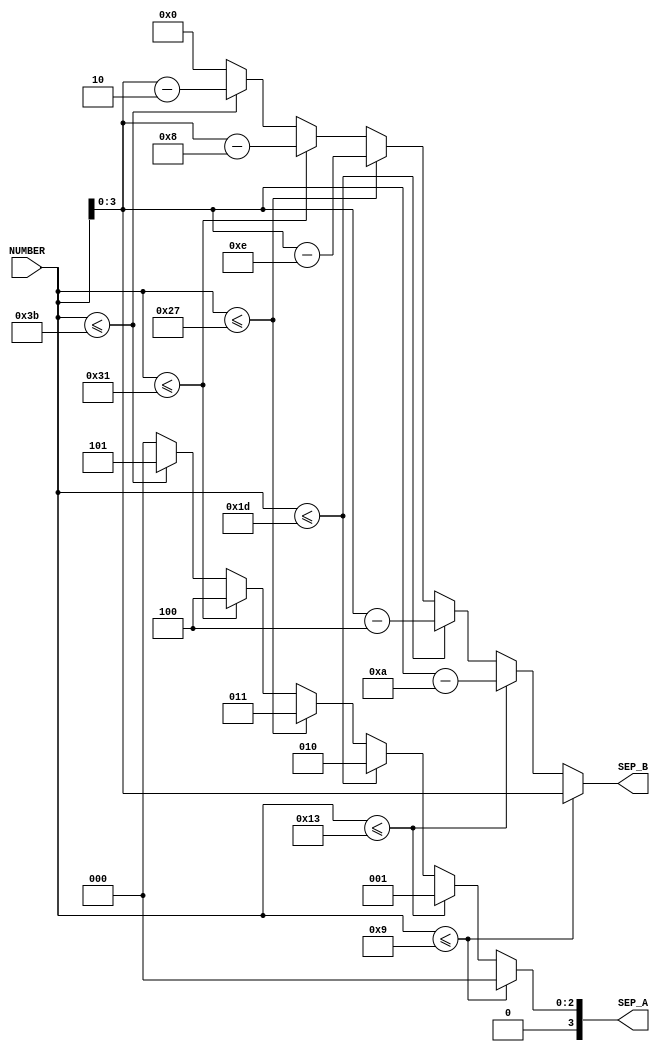
module CH3_WT_SEP(
	NUMBER,
	SEP_A, SEP_B
);

input [6:0] NUMBER;
output [3:0] SEP_A, SEP_B;

reg [3:0] SEP_A, SEP_B;

always @(NUMBER)
begin
	if (NUMBER <= 9)
		begin
			SEP_A = 3'd0;
			SEP_B = NUMBER[3:0];
		end
	else if (NUMBER <= 19)
		begin
			SEP_A = 1;
			SEP_B = NUMBER - 10;
		end
	else if (NUMBER <= 29)
		begin
			SEP_A = 2;
			SEP_B = NUMBER - 20;
		end
	else if (NUMBER <= 39)
		begin
			SEP_A = 3;
			SEP_B = NUMBER - 30;
		end
	else if (NUMBER <= 49)
		begin
			SEP_A = 4;
			SEP_B = NUMBER - 40;
		end
	else if (NUMBER <= 59)
		begin
			SEP_A = 5;
			SEP_B = NUMBER - 50;
		end
	else
		begin
			SEP_A = 0;
			SEP_B = 0;
		end
end

endmodule